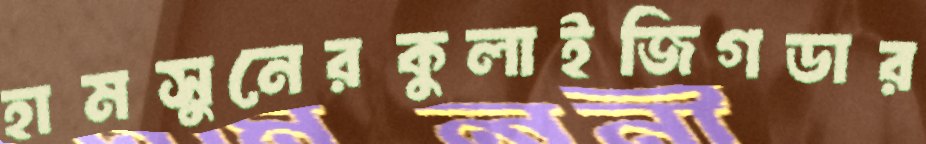
হামসুনেরকুলাইজিগডার